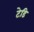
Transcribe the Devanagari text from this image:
टेडि